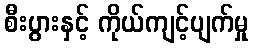
စီးပွားနှင့် ကိုယ်ကျင့်ပျက်မှု